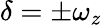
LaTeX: \delta=\pm\omega_{z}